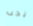
يجب